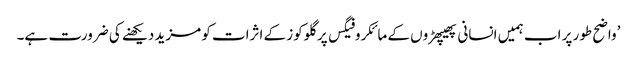
’واضح طور پر اب ہمیں انسانی پھیپھڑوں کے مائکروفیگس پر گلوکوز کے اثرات کو مزید دیکھنے کی ضرورت ہے۔